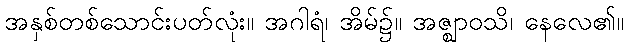
အနှစ်တစ်သောင်းပတ်လုံး။ အဂါရံ၊ အိမ်၌။ အဇ္ဈာဝသိ၊ နေလေ၏။